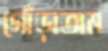
গোঁড়াতাম